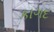
કાગદ